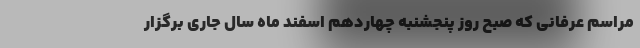
مراسم عرفانی که صبح روز پنجشنبه چهاردهم اسفند ماه سال جاری برگزار